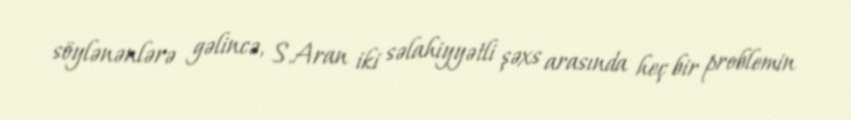
söylənənlərə gəlincə, S.Aran iki səlahiyyətli şəxs arasında heç bir problemin